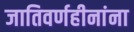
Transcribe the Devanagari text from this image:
जातिवर्णहीनांना